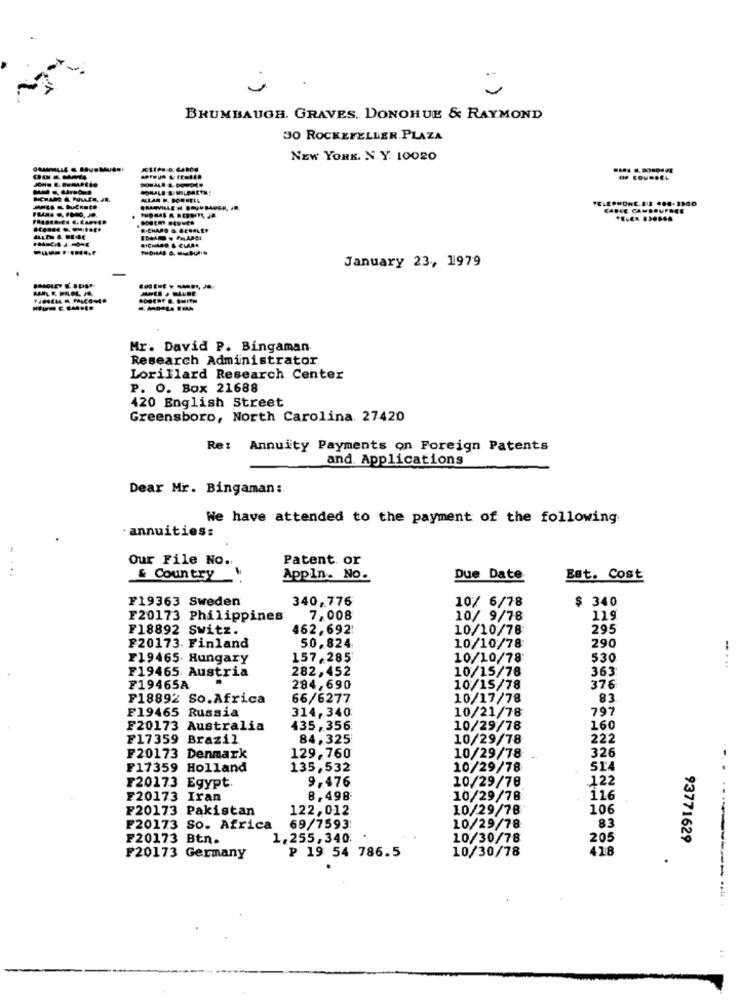
BRUMBAUGH. GRAVES, DONOHUE & RAYMOND
30 ROCKEFELLER PLAZA
NEW YORK. N. Y. 10020
CABLE CAMBOUFRE
FELER 830888
RICHARD & #ENALEY
RICHARD & CLARK
January 23, 1979
---- --- -
Mr. David P. Bingaman
Research Administrator
Lorillard Research Center
P. O. Box 21688
420 English Street
Greensboro, North Carolina. 27420
Re: Annuity Payments on Foreign Patents
and. Applications
Dear Mr. Bingaman:
We have attended to the payment of the following
annuities:
Our File NO ..
Patent or
...
-
& Country
AppIn. No.
Due Date
Bat. Cost
F19363 Sweden
340,776
10/ 6/78
$ 340
F20173 Philippines
7,008
10/ 9/78
119
F18892 Switz.
162, 692
10/10/78
295
F20173. Finland
50,824
10/10/78
290
F19465. Hungary
157, 285
10/10/78
530
F19465. Austria
282,452
10/15/78
363
F19465A
284,690
10/15/78
376
F18892 So.Africa
66/6277
10/17/78
83
F19465 Russia
314,340
10/21/78
797
F20173 Australia
435, 356
10/29/78
160
F17359 Brazil
84,325
10/29/78
222
326
F20173 Denmark
129,760
10/29/78
F17359 Holland
135,532
10/29/78
.. .
F20173 Egypt.
9,476
10/29/78
.122
F20173 Iran
8,498
10/29/78
116
F20173 Pakistan
122,012
10/29/78
106
83
F20173 So. Africa
69/7593
10/29/78
F20173 Btn.
1,255, 340.
10/30/78
205
93771629
10/30/78
418
F20173 Germany
₽ 19 54 786.5
----------